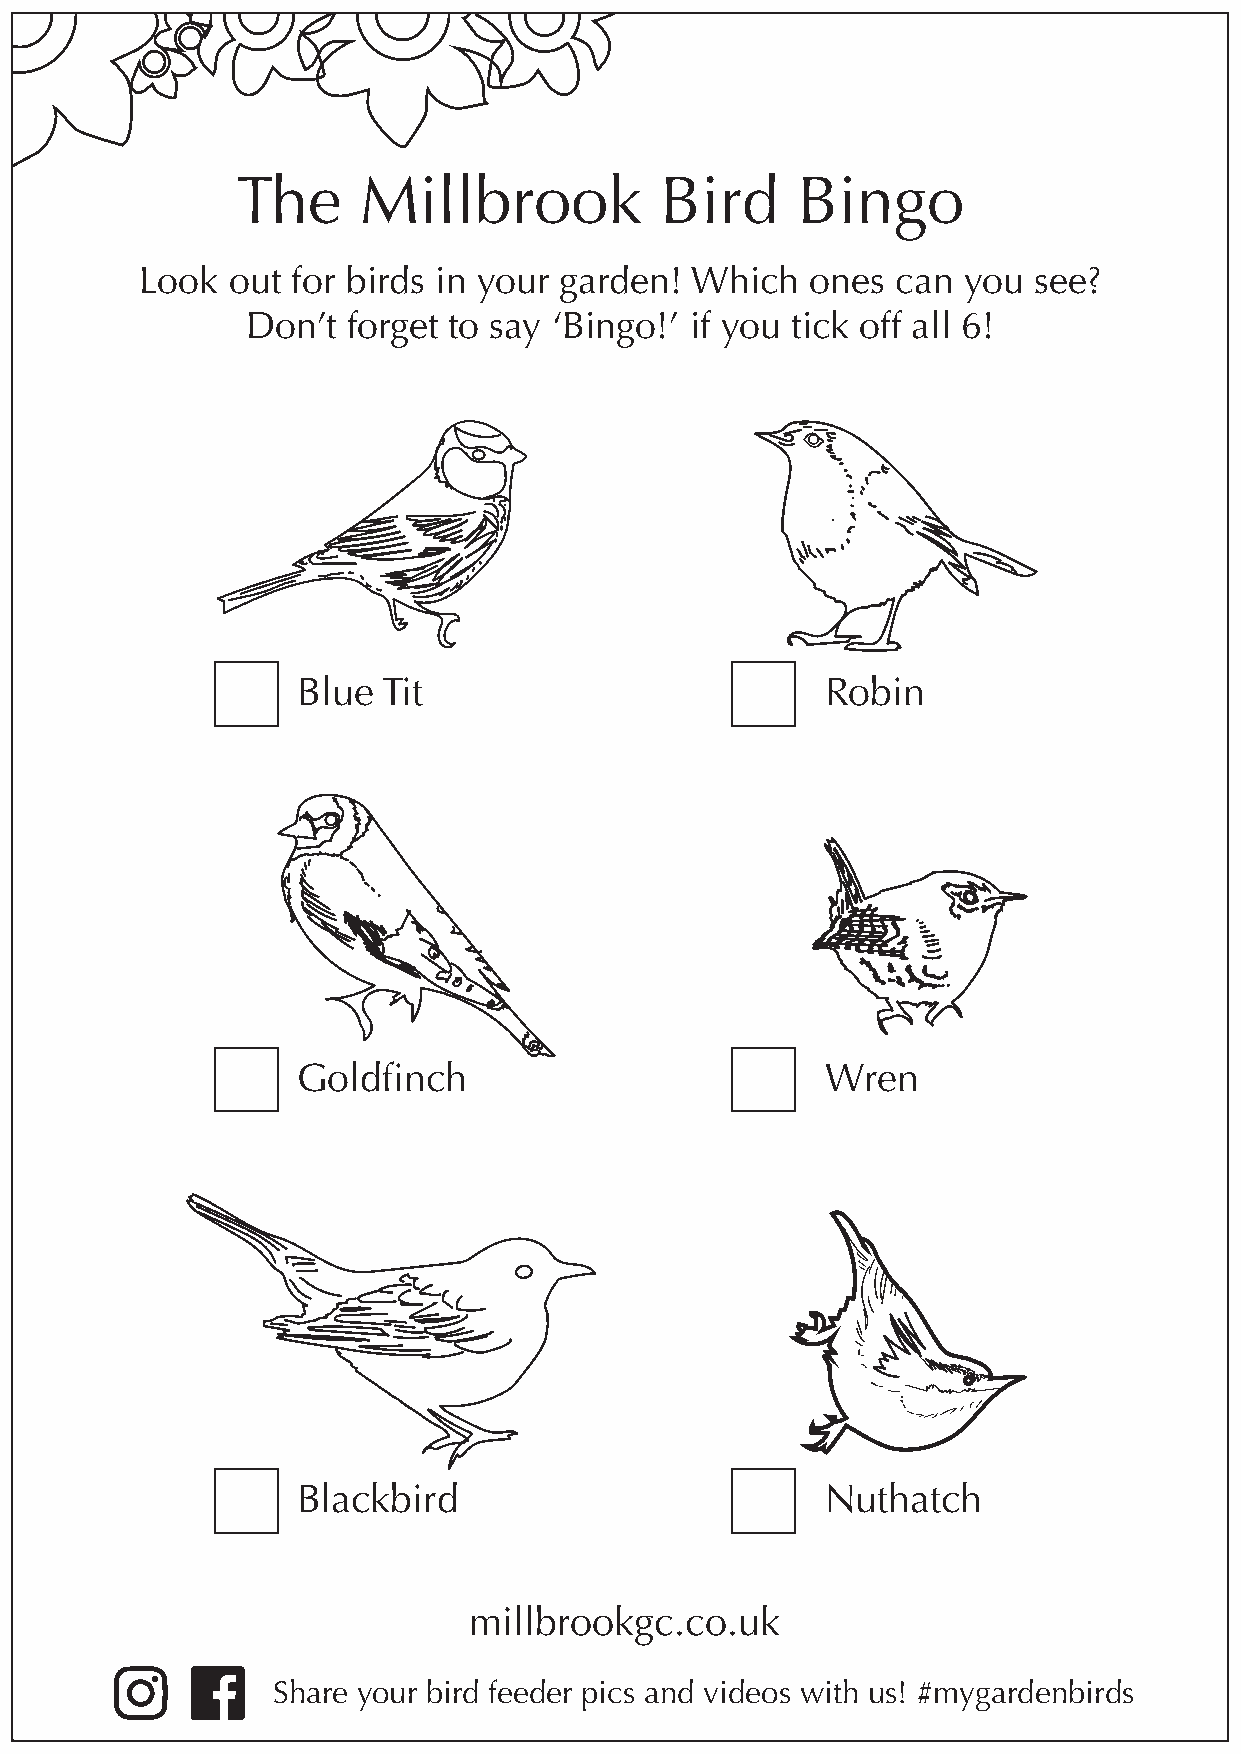
The     Millbrook           Bird     Bingo
 Look  out for birds in your garden!  Which   ones can  you see?
 Don’t  forget to say ‘Bingo!’ if you tick off all 6!
 Blue Tit                           Robin
 Goldfinch                          Wren
 Blackbird                          Nuthatch
 millbrookgc.co.uk
 Share your bird feeder pics and videos with us! #mygardenbirds